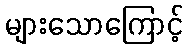
များသောကြောင့်